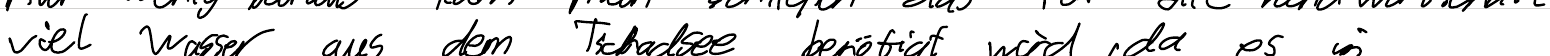
viel Wasser aus dem Tschadsee benötigt wird, da es in